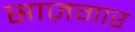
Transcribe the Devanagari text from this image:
साज़गार